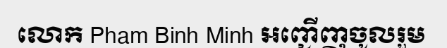
លោក Pham Binh Minh អញ្ជើញចូលរួម